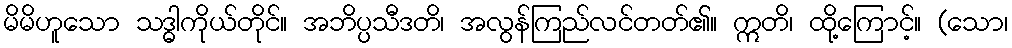
မိမိဟူသော သဒ္ဓါကိုယ်တိုင်။ အဘိပ္ပသီဒတိ၊ အလွန်ကြည်လင်တတ်၏။ ဣတိ၊ ထို့ကြောင့်။ (သော၊